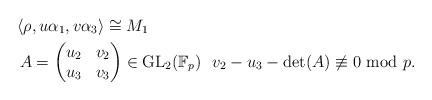
LaTeX: \begin{align*}&\left\langle \rho, u\alpha_{1}, v\alpha_{3} \right\rangle \cong M_{1} \\ & \ A=\begin{pmatrix} u_{2} & v_{2} \\ u_{3} & v_{3} \end{pmatrix}\in \mathrm{GL}_{2}(\mathbb{F}_{p}) \ \ v_{2}-u_{3}-\mathrm{det}(A)\not\equiv 0 \ \mathrm{mod}\ p. \end{align*}